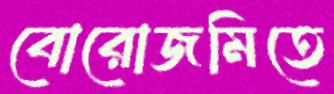
বোরোজমিতে